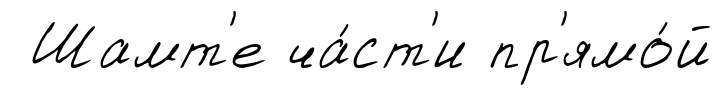
Шамт'е ча́ст'и пр'ямо́й